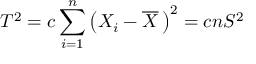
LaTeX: T ^ { 2 } = c \sum _ { i = 1 } ^ { n } \left( X _ { i } - { \overline { { X } } } \, \right) ^ { 2 } = c n S ^ { 2 }